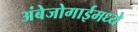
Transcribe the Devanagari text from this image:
अंबेजोगाईमध्ये